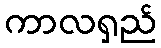
ကာလရှည်